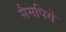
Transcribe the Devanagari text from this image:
सैमपिगे